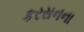
કરસનના